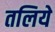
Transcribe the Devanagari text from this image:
तलिये